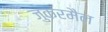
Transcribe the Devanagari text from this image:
जुकरमैन